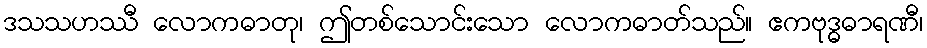
ဒသသဟဿီ လောကဓာတု၊ ဤတစ်သောင်းသော လောကဓာတ်သည်။ ဧကဗုဒ္ဓဓာရဏီ၊